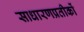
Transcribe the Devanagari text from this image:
साधारणप्रतीकों